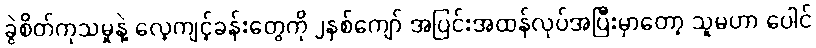
ခွဲစိတ်ကုသမှုနဲ့ လေ့ကျင့်ခန်းတွေကို ၂နှစ်ကျော် အပြင်းအထန်လုပ်အပြီးမှာတော့ သူမဟာ ပေါင်